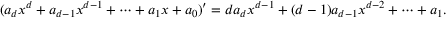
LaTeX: ( a _ { d } x ^ { d } + a _ { d - 1 } x ^ { d - 1 } + \cdots + a _ { 1 } x + a _ { 0 } ) ^ { \prime } = d a _ { d } x ^ { d - 1 } + ( d - 1 ) a _ { d - 1 } x ^ { d - 2 } + \cdots + a _ { 1 } .